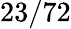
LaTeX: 23/72